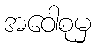
အဝေါစုမှ